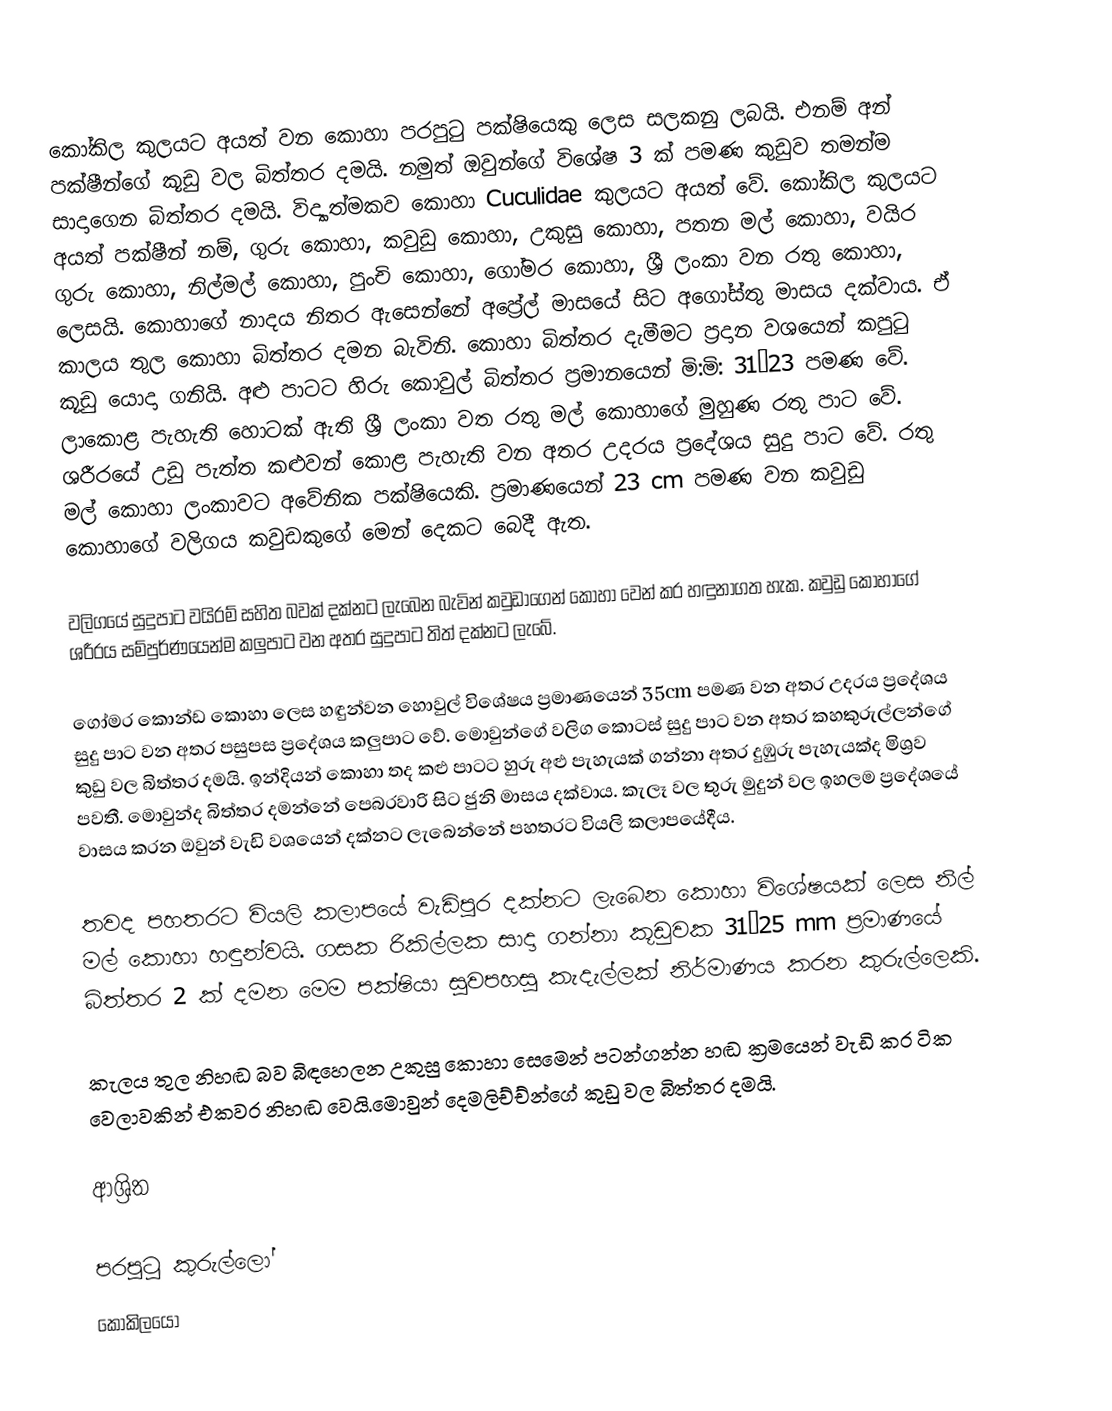
කෝකිල කුලයට අයත් වන කොහා පරපුටු පක්ෂියෙකු ලෙස සලකනු ලබයි. එනම් අන් පක්ෂීන්ගේ කූඩු වල බිත්තර දමයි. නමුත් ඔවුන්ගේ විශේෂ 3 ක් පමණ කුඩුව තමන්ම සාදාගෙන බිත්තර දමයි. විද්‍යාත්මකව කොහා Cuculidae  කුලයට අයත් වේ. කෝකිල කුලයට අයත් පක්ෂීන් නම්, ගුරු කොහා, කවුඩු කොහා, උකුසු කොහා, පතන මල් කොහා, වයිර ගුරු කොහා, නිල්මල් කොහා, පුංචි කොහා, ගෝමර කොහා, ශ්‍රී ලංකා වන රතු කොහා, ලෙසයි. කොහාගේ නාදය නිතර ඇසෙන්නේ අප්‍රේල් මාසයේ සිට අගෝස්තු මාසය දක්වාය. ඒ කාලය තුල කොහා බිත්තර දමන බැවිනි. කොහා බිත්තර දැමීමට ප්‍රදාන වශයෙන් කපුටු කූඩු යොදා ගනියි. අළු පාටට හිරු කොවුල් බිත්තර ප්‍රමානයෙන් මි:මි: 31×23 පමණ වේ. ලාකොළ පැහැති හොටක් ඇති ශ්‍රී ලංකා වත රතු මල් කොහාගේ මුහුණ රතු පාට වේ. ශරීරයේ උඩු පැත්ත කළුවන් කොළ පැහැති වන අතර උදරය ප්‍රදේශය සුදු පාට වේ. රතු මල් කොහා ලංකාවට අවේනික පක්ෂියෙකි. ප්‍රමාණයෙන් 23 cm පමණ වන කවුඩු කොහාගේ වලිගය කවුඩකුගේ මෙන් දෙකට බෙදී ඇත.

වලිගයේ සුදුපාට වයිරම් සහිත බවක් දක්නට ලැබෙන බැවින් කවුඩාගෙන් කොහා වෙන් කර හඳුනාගත හැක. කවුඩු කොහාගේ ශරීරය සම්පුර්ණයෙන්ම කලුපාට වන අතර සුදුපාට තිත් දක්නට ලැබේ.

ගෝමර කොන්ඩ කොහා ලෙස හඳුන්වන හොවුල් විශේෂය ප්‍රමාණයෙන් 35cm පමණ වන අතර උදරය ප්‍රදේශය සුදු පාට වන අතර පසුපස ප්‍රදේශය කලුපාට වේ. මොවුන්ගේ වලිග කොටස් සුදු පාට වන අතර කහකුරුල්ලන්ගේ කුඩු වල බිත්තර දමයි. ඉන්දියන් කොහා තද කළු පාටට හුරු අළු පැහැයක් ගන්නා අතර දුඹුරු පැහැයක්ද මිශ්‍රව පවතී. මොවුන්ද බිත්තර දමන්නේ පෙබරවාරි සිට ජුනි මාසය දක්වාය. කැලෑ වල තුරු මුදුන් වල ඉහලම ප්‍රදේශයේ වාසය කරන ඔවුන් වැඩි වශයෙන් දක්නට ලැබෙන්නේ පහතරට වියලි කලාපයේදීය.

තවද පහතරට වියලි කලාපයේ වැඩිපුර දක්නට ලැබෙන කොහා විශේෂයක් ලෙස නිල් මල් කොහා හඳුන්වයි. ගසක රිකිල්ලක සාදා ගන්නා කූඩුවක 31×25 mm ප්‍රමාණයේ බිත්තර 2 ක් දමන මෙම පක්ෂියා සුවපහසු කැදැල්ලක් නිර්මාණය කරන කුරුල්ලෙකි.

කැලය තුල නිහඬ බව බිඳහෙලන උකුසු කොහා සෙමෙන් පටන්ගන්න හඬ ක්‍රමයෙන් වැඩි කර ටික වෙලාවකින් එකවර නිහඬ වෙයි.මොවුන් දෙමලිච්ච්න්ගේ කුඩු වල බිත්තර දමයි.

ආශ්‍රිත

පරපුටු කුරුල්ලෝ
කෝකිලයෝ